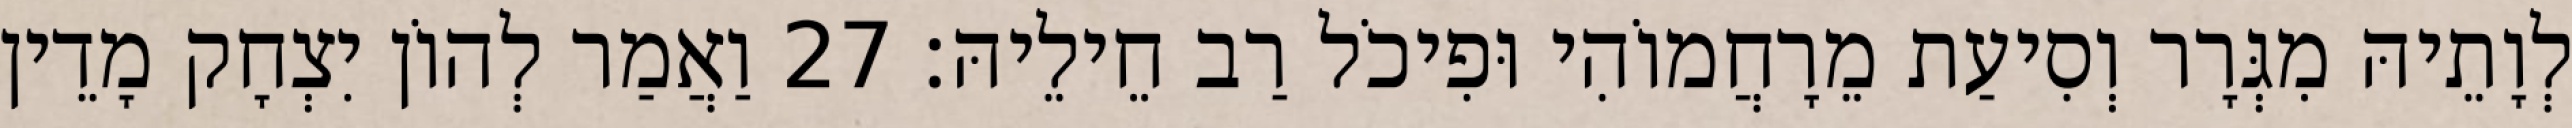
לְוָתֵיהּ מִגְּרָר וְסִיעַת מֵרָחֲמוֹהִי וּפִיכֹל רַב חֵילֵיהּ׃ 27 וַאֲמַר לְהוֹן יִצְחָק מָדֵין